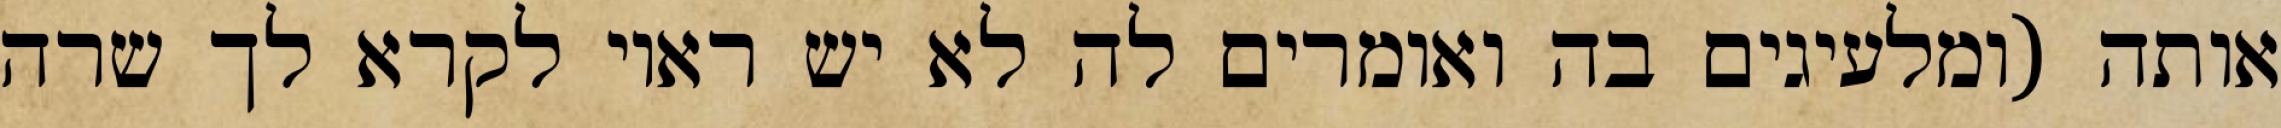
אותה (ומלעיגים בה ואומרים לה לא יש ראוי לקרא לך שרה